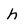
Character: h